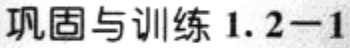
巩固与训练 1.2-1